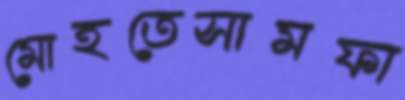
মোহতেসামফা